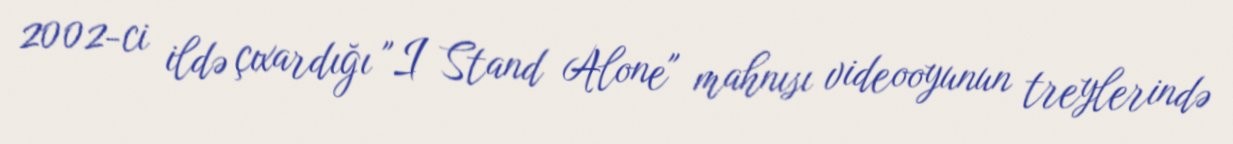
2002-ci ildə çıxardığı "I Stand Alone" mahnısı videooyunun treylerində